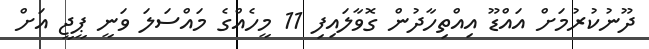
ދޫނުކުރުމަށް އައްޑޫ އިއްތިހާދުން ގޮވާލައިފި 11 މީހެއްގެ މައްސަލަ ވަނީ ޕީޖީ އަށް